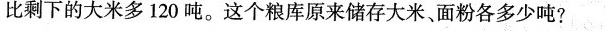
比剩下的大米多120吨。这个粮库原来储存大米、面粉各多少吨?